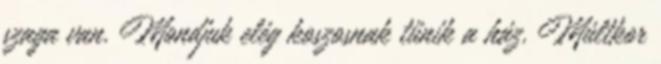
szaga van. Mondjuk elég koszosnak tűnik a ház. Múltkor